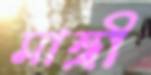
মান্ত্রী